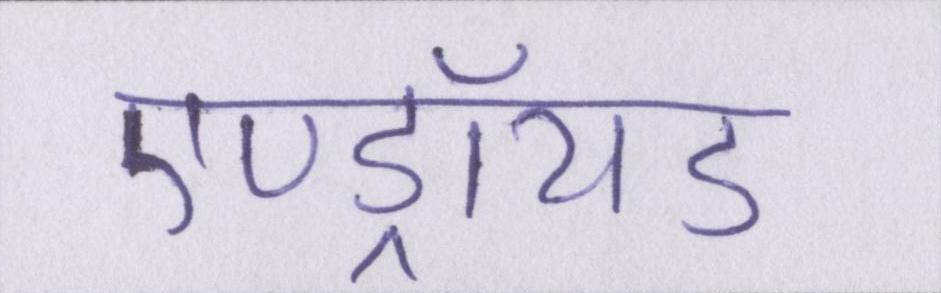
एण्ड्रॉयड